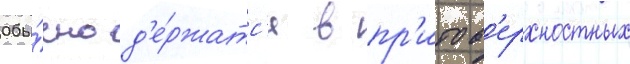
Обы́чно д'е́ржатс'я в пр'ипов'ерхностных